Annual report of the Punjab Veterinary College and of the Civil Veterinary Department, Punjab - 1894-1908
Year: 1894
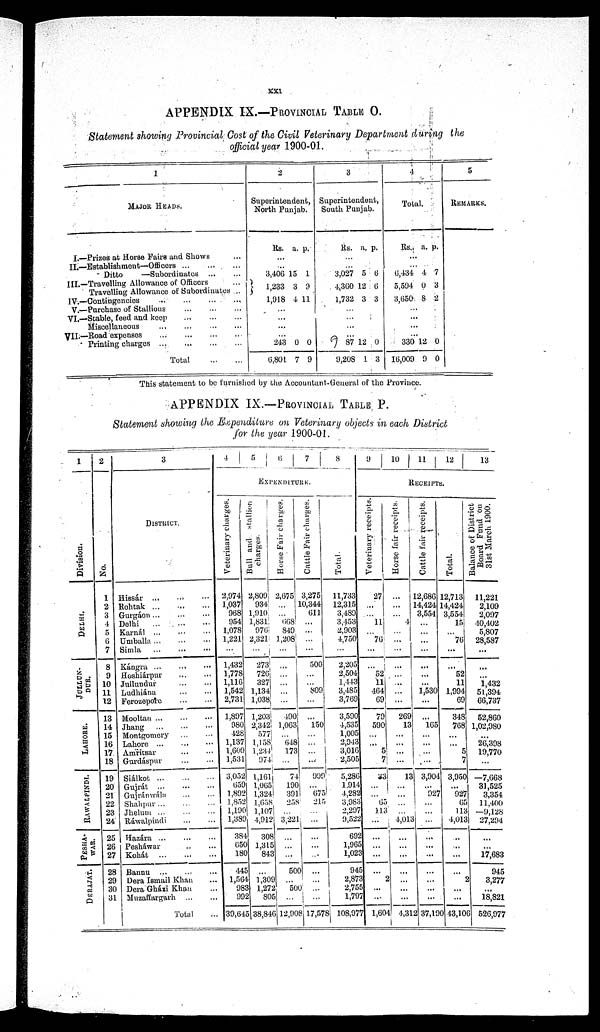
xxi
APPENDIX IX.—PROVINCIAL TABLE O.
Statement showing Provincial Cost of the Civil Veterinary Department during the
official year 1900-01.
1
MAJOR HEADS.
I.—Prizes at Horse Fairs and Shows ...
II.—Establishment—Officers ... ... ...
Ditto
—Subordinates ... ...
III.—Travelling Allowance of Officers ...
Travelling Allowance of Subordinates ...
IV.—Contingencies
...
...
...
...
V.—Purchase of Stallions ... ... ...
VI.—Stable, feed and keep ... ... ...
Miscellaneous
...
...
...
...
VII.—Road expenses
...
...
...
...
Printing charges
...
...
...
...
Total
...
...
2
Superintendent
North Punjab.
Rs. a. p.
...
...
3,406
1,233
1,918
15
3
4
1
9
11
...
...
...
...
243
6,801
0
7
0
9
3
Superintendent
South Punjab.
Rs. a. p.
...
...
3,027
4,360
1,732
5
12
3
6
6
3
...
...
...
...
87
9,208
12
1
0
3
4
Total.
Rs. a. p.
...
...
6,434
5,594
3,650
4
0
8
7
3
2
...
...
...
...
330
16,009
12
9
0
0
5
REMARKS.
This statement to be furnished by the Accountant-General of the Province.
APPENDIX IX.—PROVINCIAL TABLE P.
Statement showing the Expenditure on Veterinary objects in each District
for the year 1900-01.
1
Division.
DELHI.
JULLUN-
DUR.
LAHORE.
RAWALPINDI.
PESHA.
WAR.
DERAJAT.
2
No.
1
2
3
4
5
6
7
8
9
10
11
12
13
14
15
16
17
18
19
20
21
22
23
24
25
26
27
28
29
30
31
3
DISTRICT.
Hissár
...
...
...
Rohtak
...
...
...
Gurgáon
...
...
...
Delhi
...
...
...
Karnál ... ... ...
Umballa
...
...
...
Simla
...
...
...
Kángra
...
...
...
Hoshiárpur ... ...
Jullundur
...
...
Ludhiána ... ...
Ferozepore ... ...
Mooltan
...
...
...
Jhang
...
...
...
Montgomery ... ...
Lahore
...
...
...
Amritsar
...
...
Gurdáspur
...
...
Siálkot ... ... ...
Gujrát
...
...
...
Gujránwála ... ...
Shahpur ... ... ...
Jhelum ... ... ...
Ráwalpindi ... ...
Hazára ... ... ...
Pesháwar
..
...
Kohát
...
...
...
Bannu ... ... ...
Dera Ismail Khan ...
Dera Gházi Khan ...
Muzaffargarh ... ...
Total ...
4
5
6
7
8
EXPENDITURE.
Veterinary charges.
2,974
1,037
968
954
1,078
1,221
...
1,432
1,778
1,116
1,542
2,731
1,897
980
428
1,137
1,609
1,531
3,052
659
1,892
1,852
1,190
1,389
384
650
180
445
1,564
983
992
39,645
Hull and stallion
charges.
2,809
934
1,910
1,831
976
2,321
...
273
726
327j
1,134
l,038
1,203
2,342,
577
1,158
1,234
974
l,16l
1,065
1,324
1,658
1,107
4,912
308
1,315
843
...
1,309
1,272
805
38,846
Horse Fair charges.
2,675
...
...
668
849
1,208
...
...
...
...
...
...
490
1,063
...
648
173
...
74
190
391
258
...
3,221
...
...
...
500
...
500
...
12,908
Cattle Fair charges.
3,275
10,344
611
...
...
...
...
500
...
...
809
...
...
150
...
...
...
...
999
...
675
215
...
...
...
...
...
...
...
...
...
17,578
Total .
11,733
12,315
3,489
3,453
2,903
4,750
...
2,205
2,504
1,443
3,485
3,769
3,590
4,535
1,005
2,943
3,016
2,505
5,286
1.914
4,282
3,983
2,297
9,522
692
1,965
1,023
945
2,873
2,755
1,797
108,977
9
10
11 12
13
RECEIPTS.
Veterinary receipts.
27
...
11
...
76
....
...
52
11
464
69
79
590
...
...
5
7
33
...
...
65
113
...
...
...
...
...
2
...
...
1,604
Horse Fair receipts.
1
1
...
4
...
...
...
...
...
...
...
...
269
13
...
...
...
...
13
...
... ...
...
4,013
...
...
...
...
...
...
...
4,312
Cattle fair receipts.
2,686
4,424
3,554
...
...
...
...
...
...
...
1,530
...
...
165
...
...
...
...
3,904
...
927
...
...
...
...
...
...
...
...
...
...
37,190
Total.
12,713
14,424
3,554
15
76
...
...
52
11
1,994
69
348
768
...
...
5
7
3,950
...
927
65
113
4,013
...
...
...
...
2
...
...
43,106
Balance of District
Board Fund on
31st March 1900.
11,221
2,109
2,097
40,402
5,807
28,587
...
...
...
1,432
51,394
66,737
52,860
1,02,980
...
26,398
19,770
...
—7,668
31,525
3,354
11,400
—9,128
27,294
...
...
17,683
945
3,277
...
18,821
526,977